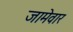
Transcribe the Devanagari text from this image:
जामेवार